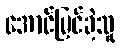
အောင်မြင်ခဲ့သူ